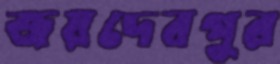
জয়দেবপুর